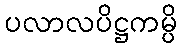
ပလာလပိဋ္ဌကမ္ပိ